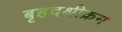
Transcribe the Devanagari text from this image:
बृहदश्रीक्रम